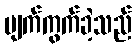
ပျက်ကွက်ခဲ့သည်